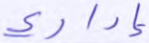
إداري